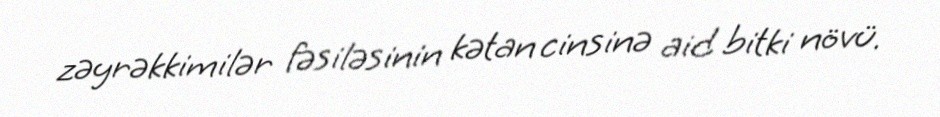
zəyrəkkimilər fəsiləsinin kətan cinsinə aid bitki növü.